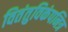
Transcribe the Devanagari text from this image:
वितंतुविकंपनित्र